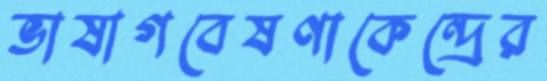
ভাষাগবেষণাকেন্দ্রের